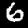
Label: 6